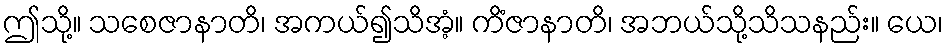
ဤသို့။ သစေဇာနာတိ၊ အကယ်၍သိအံ့။ ကိံဇာနာတိ၊ အဘယ်သို့သိသနည်း။ ယေ၊